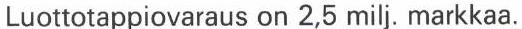
Luottotappiovaraus on 2,5 milj. markkaa.